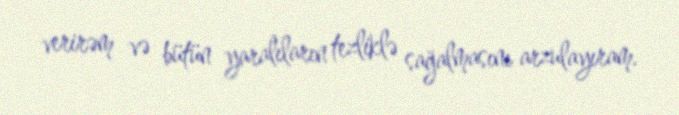
verirəm və bütün yaralıların tezliklə sağalmasını arzulayıram.